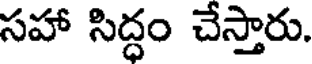
సహా సిద్ధం చేస్తారు.